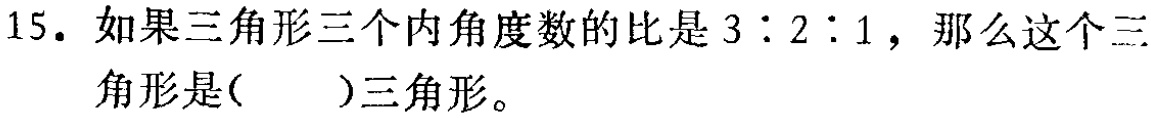
15. 如果三角形三个内角度数的比是\(3:2:1\)，那么这个三角形是( )三角形。